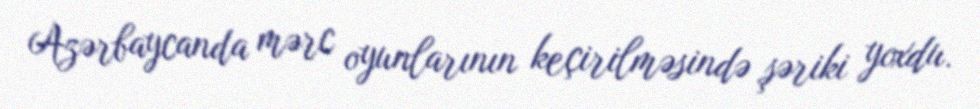
Azərbaycanda mərc oyunlarının keçirilməsində şəriki yoxdu.